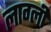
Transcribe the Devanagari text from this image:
लाग्ली